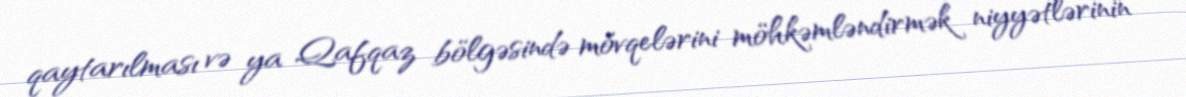
qaytarılması və ya Qafqaz bölgəsində mövqelərini möhkəmləndirmək niyyətlərinin